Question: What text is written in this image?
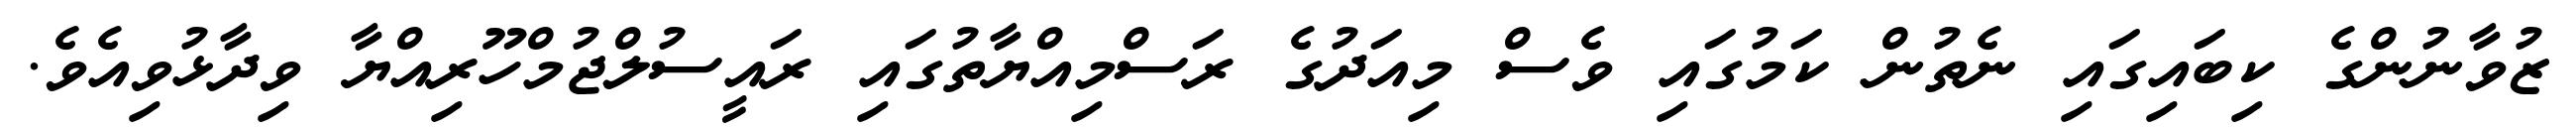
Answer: ޒުވާނުންގެ ކިބައިގައި ނެތުން ކަމުގައި ވެސް މިއަދުގެ ރަސްމިއްޔާތުގައި ރައީސުލްޖުމްހޫރިއްޔާ ވިދާޅުވިއެވެ.